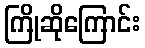
ကြိုဆိုကြောင်း